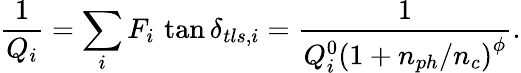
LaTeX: \frac{1}{Q_{i}}=\sum_{i}F_{i}\, \tan\delta_{tls,i}=\frac{1}{Q_{i}^{0}\left(1+n_{ph}/n_{c}\right)^{\phi}}.